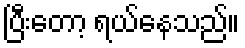
ပြီးတော့ ရယ်နေသည်။